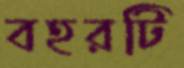
বহরটি